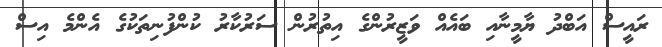
ރައީސް އަބްދު ޔާމީނާއި ބައެއް ވަޒީރުންގެ އިތުރުން ސަރުކާރު ކުންފުނިތަކުގެ އެންމެ އިސް